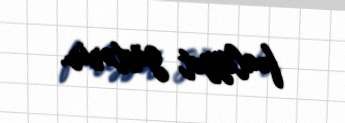
fəaliyyət göstərir.